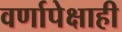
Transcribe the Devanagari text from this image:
वर्णापेक्षाही